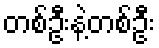
တစ်ဦးနဲ့တစ်ဦး